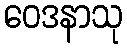
ဝေဒနာသု